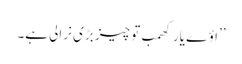
’’اؤے یار کھمب تو چیز بڑی نرالی ہے۔